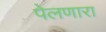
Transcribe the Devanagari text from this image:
पेलणारा